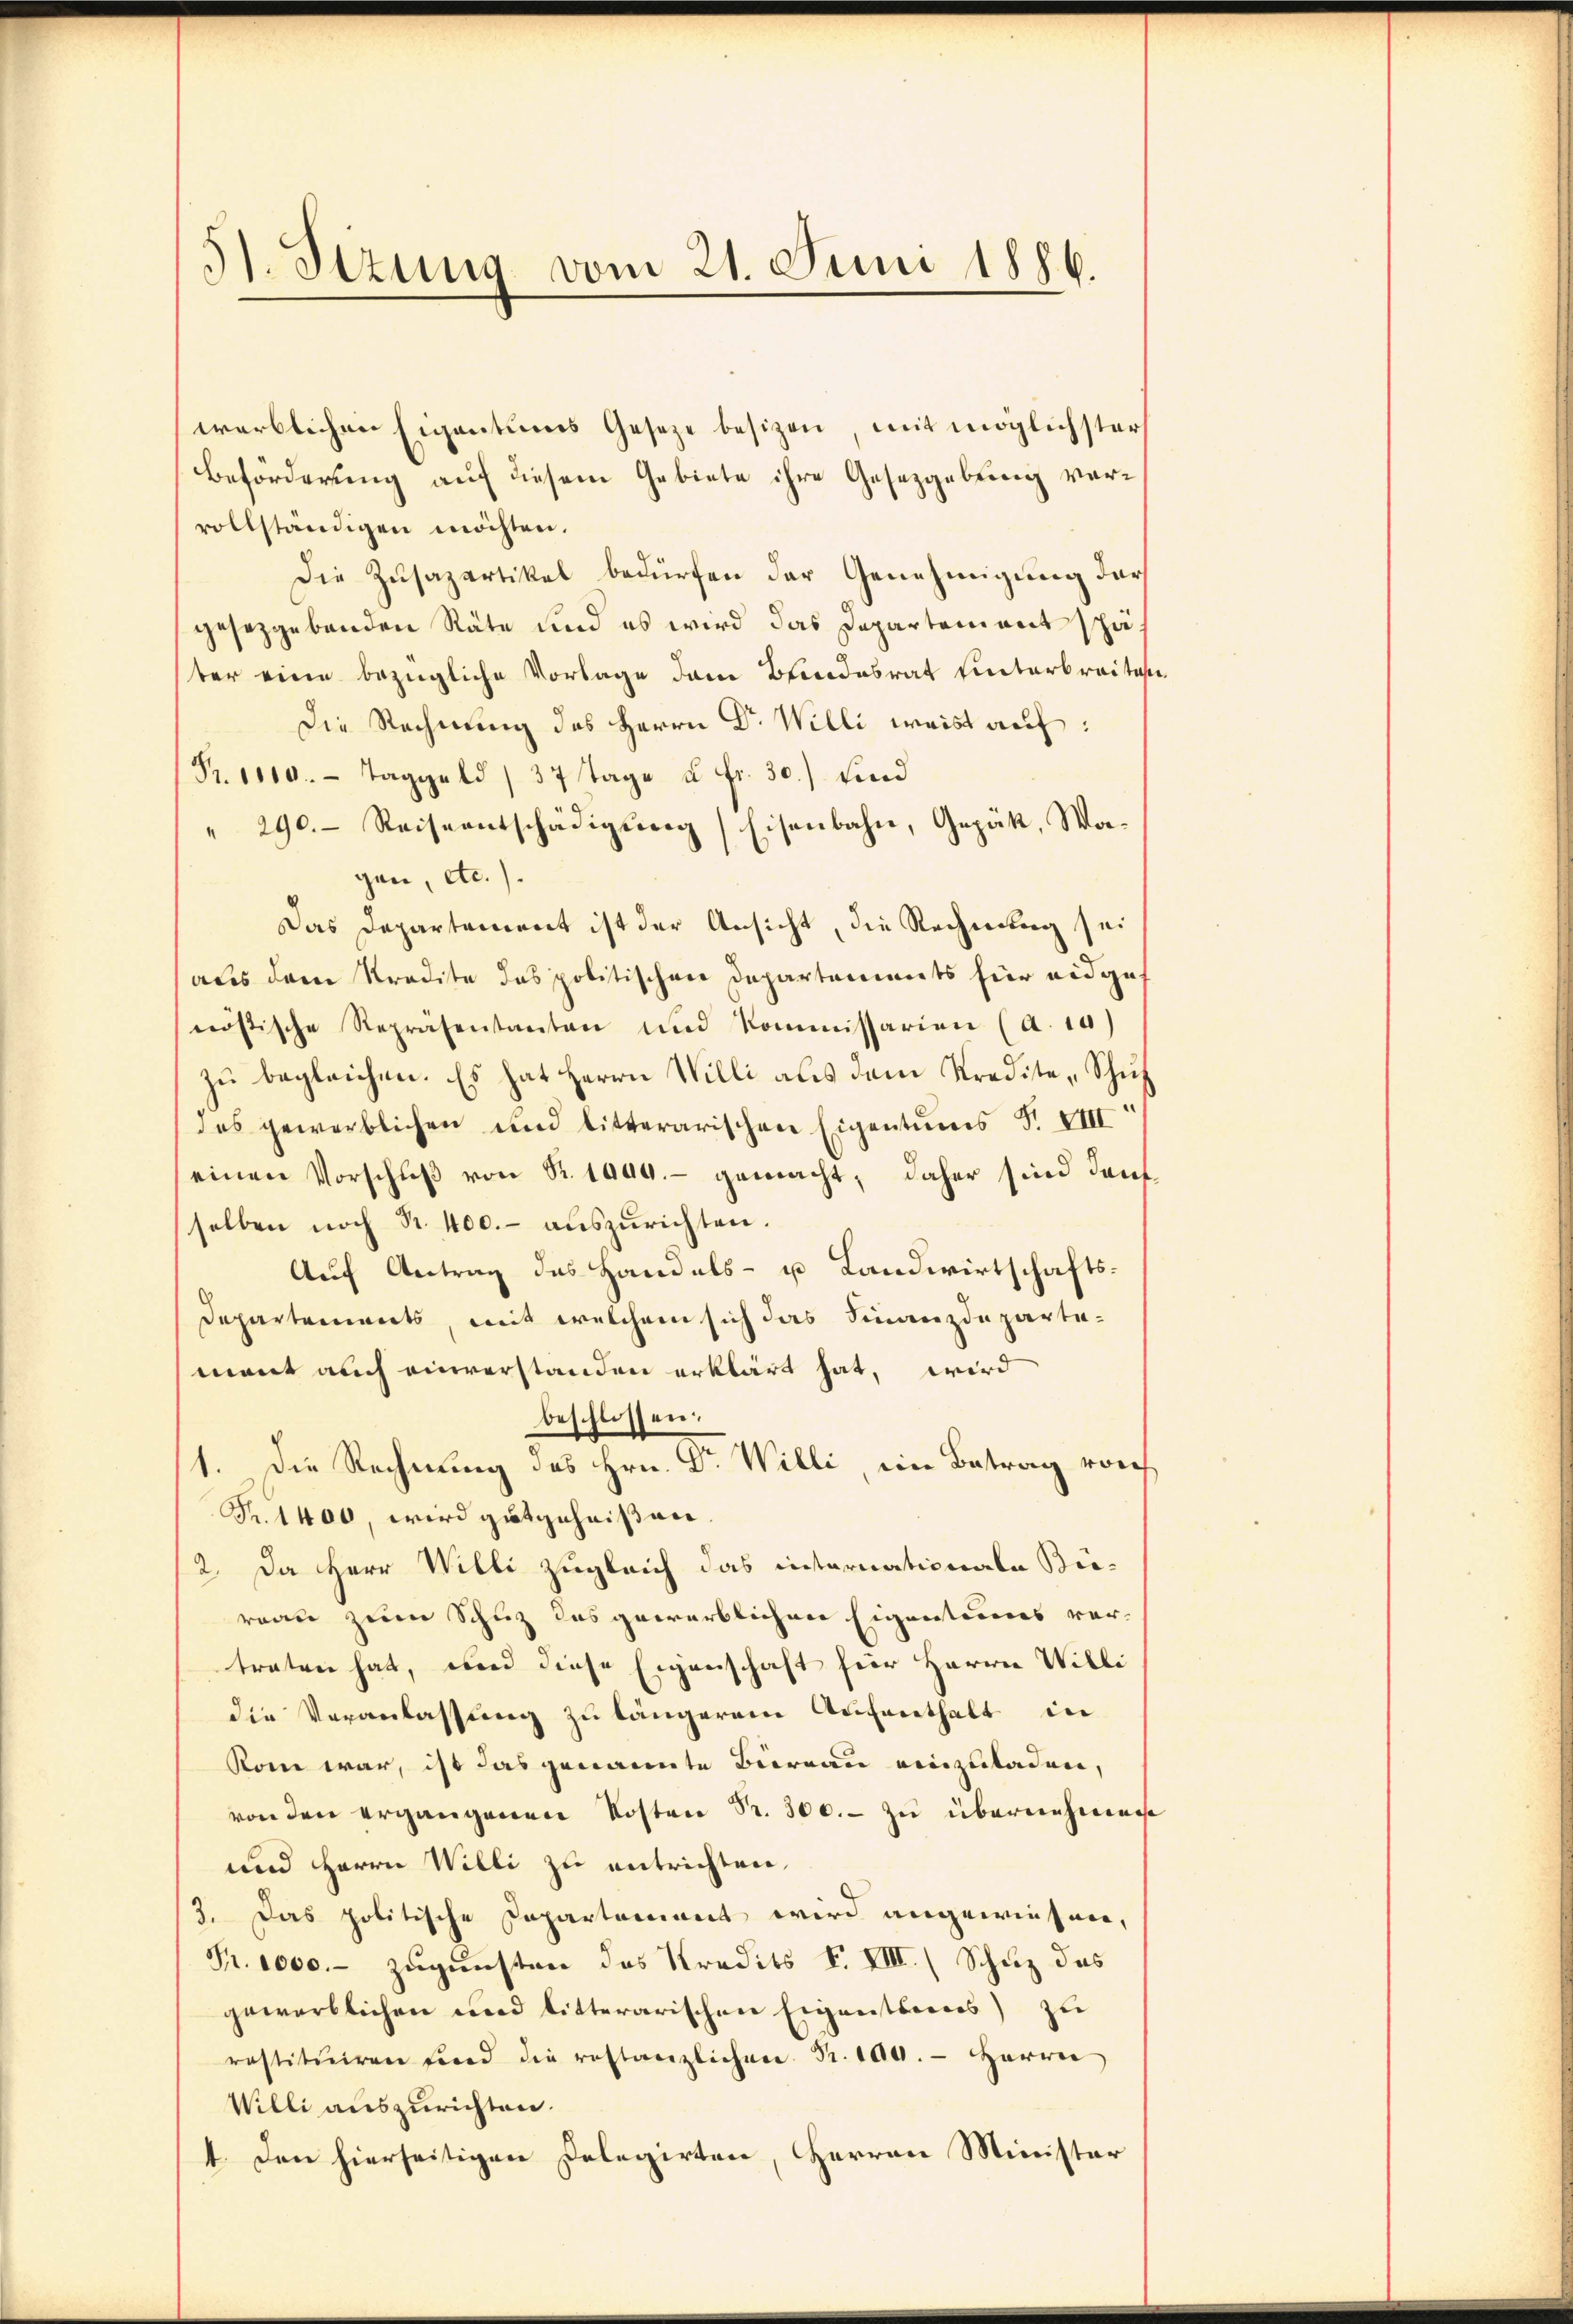
51. Sizung vom 21. Juni 1886.

werblichen Eigentums Gesetze besizen mit möglichster
Beforderung auf diesem Gebiete ihre Gesetzgebung vervollständigen möchten.
Die Zusazartikel bedürfen der Genehmigung der
gesetzgebenden Räte und es wird das Departement später eine bezügliche Vorlage dann Brandesrat unterbreitigt
Die Rechnung des Herrn Dr. Willi weist auf:
Fr. 1810. Taggeld 37 Tage u. fr. 30.) sind
" 290. Reiseentschädigŭng Eisenbahn, Gepät, Wor-
gen, etc.).
Das Departement ist der Ansicht, die Rechnung sei
aus dem Kredite das politischen Departements für eidgenössische Repräsentanten und Kommissarien (a. 10
zŭ begleichen. Es hat Herrn Willi als dem Kredite-Schütz
des gewerblichen und litterarischen Eigentums S. VIII
einen Vorschŭβ von Sr. 1940.- gemacht; daher sind den
selben noch R. 400.- auszurichten.
Auf Antrag des Handels- u Landwirtschafts¬
Departements, mit welchem sich das Finanzdeparta-
mant auch einverstanden erklärt hat, wird
beschlossen.
1. Die Rechnung des Hrn. Dr. Willi ein Betrag vorh
Fr. 1400, wird gutgeheißen.
2. Da Herr Willi zugleich das internationale Büreau zum Schuz des gewerblichen Eigentumes vertraten hat, und diese Eigenschaft für Herrn Willi
die Veranlassung zu längerem Aufenthalt in
Rom war, ist das genannte Biernau einzuladen,
von den ergangenen Kosten Sr. 300.- zu übernehmen
und Herrn Willi zu entrichten,
2. Das politische Departement wird angewiesen,
Fr. 1000.- zugunsten das Kredits V. VIII. (Schuz des
gewerblichen und litterarischen Eigentiones) zu
restituiren sind die restanzlichen Fr. 100. - Herrn
Willi auszurichten.
1. Den hierseitigen Delegirten, Herren Minister